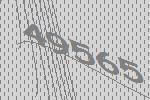
49565